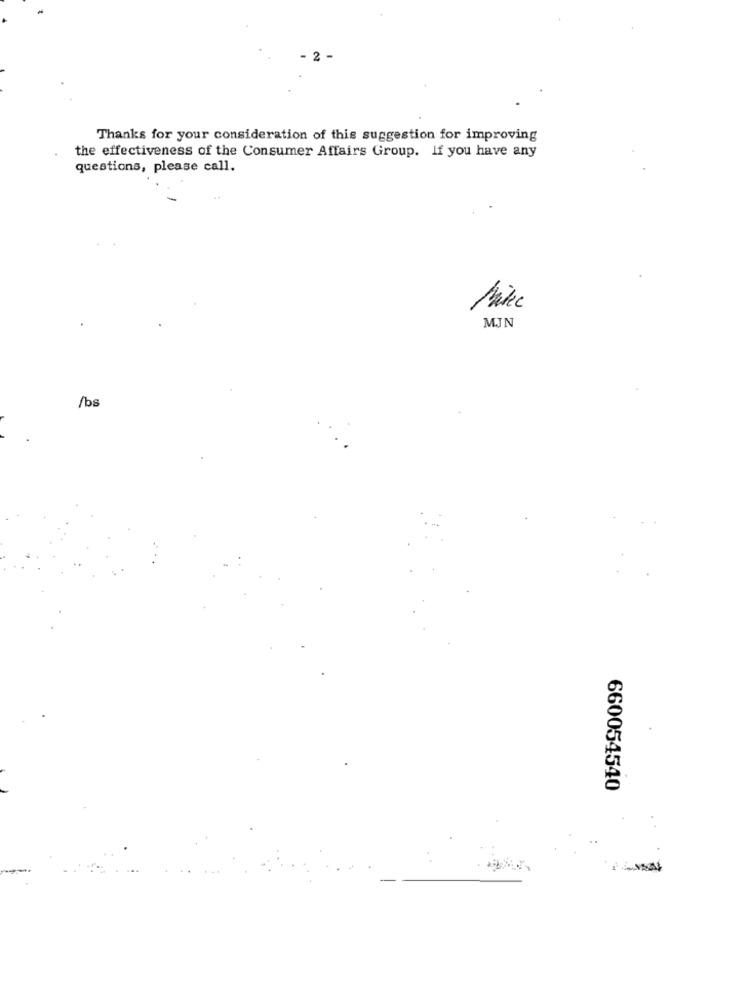
2
Thanks for your consideration of this suggestion for improving
the effectiveness of the Consumer Affairs Group. If you have any
questions, please call.
MJN
/bs
660054540